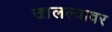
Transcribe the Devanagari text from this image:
खालल्यावर